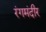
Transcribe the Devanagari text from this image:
रंगमंदीर